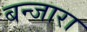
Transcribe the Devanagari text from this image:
बन्जारा